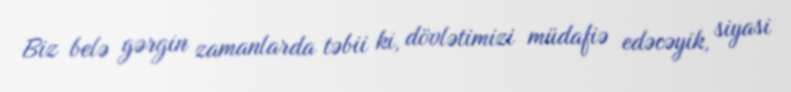
Biz belə gərgin zamanlarda təbii ki, dövlətimizi müdafiə edəcəyik, siyasi